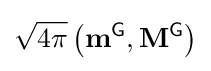
{\sqrt {4\pi }}\left(\mathbf {m} ^{\textsf {G}},\mathbf {M} ^{\textsf {G}}\right)